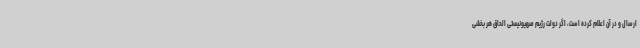
ارسال و در آن اعلام کرده است، اگر دولت رژیم صهیونیستی الحاق هر بخشی